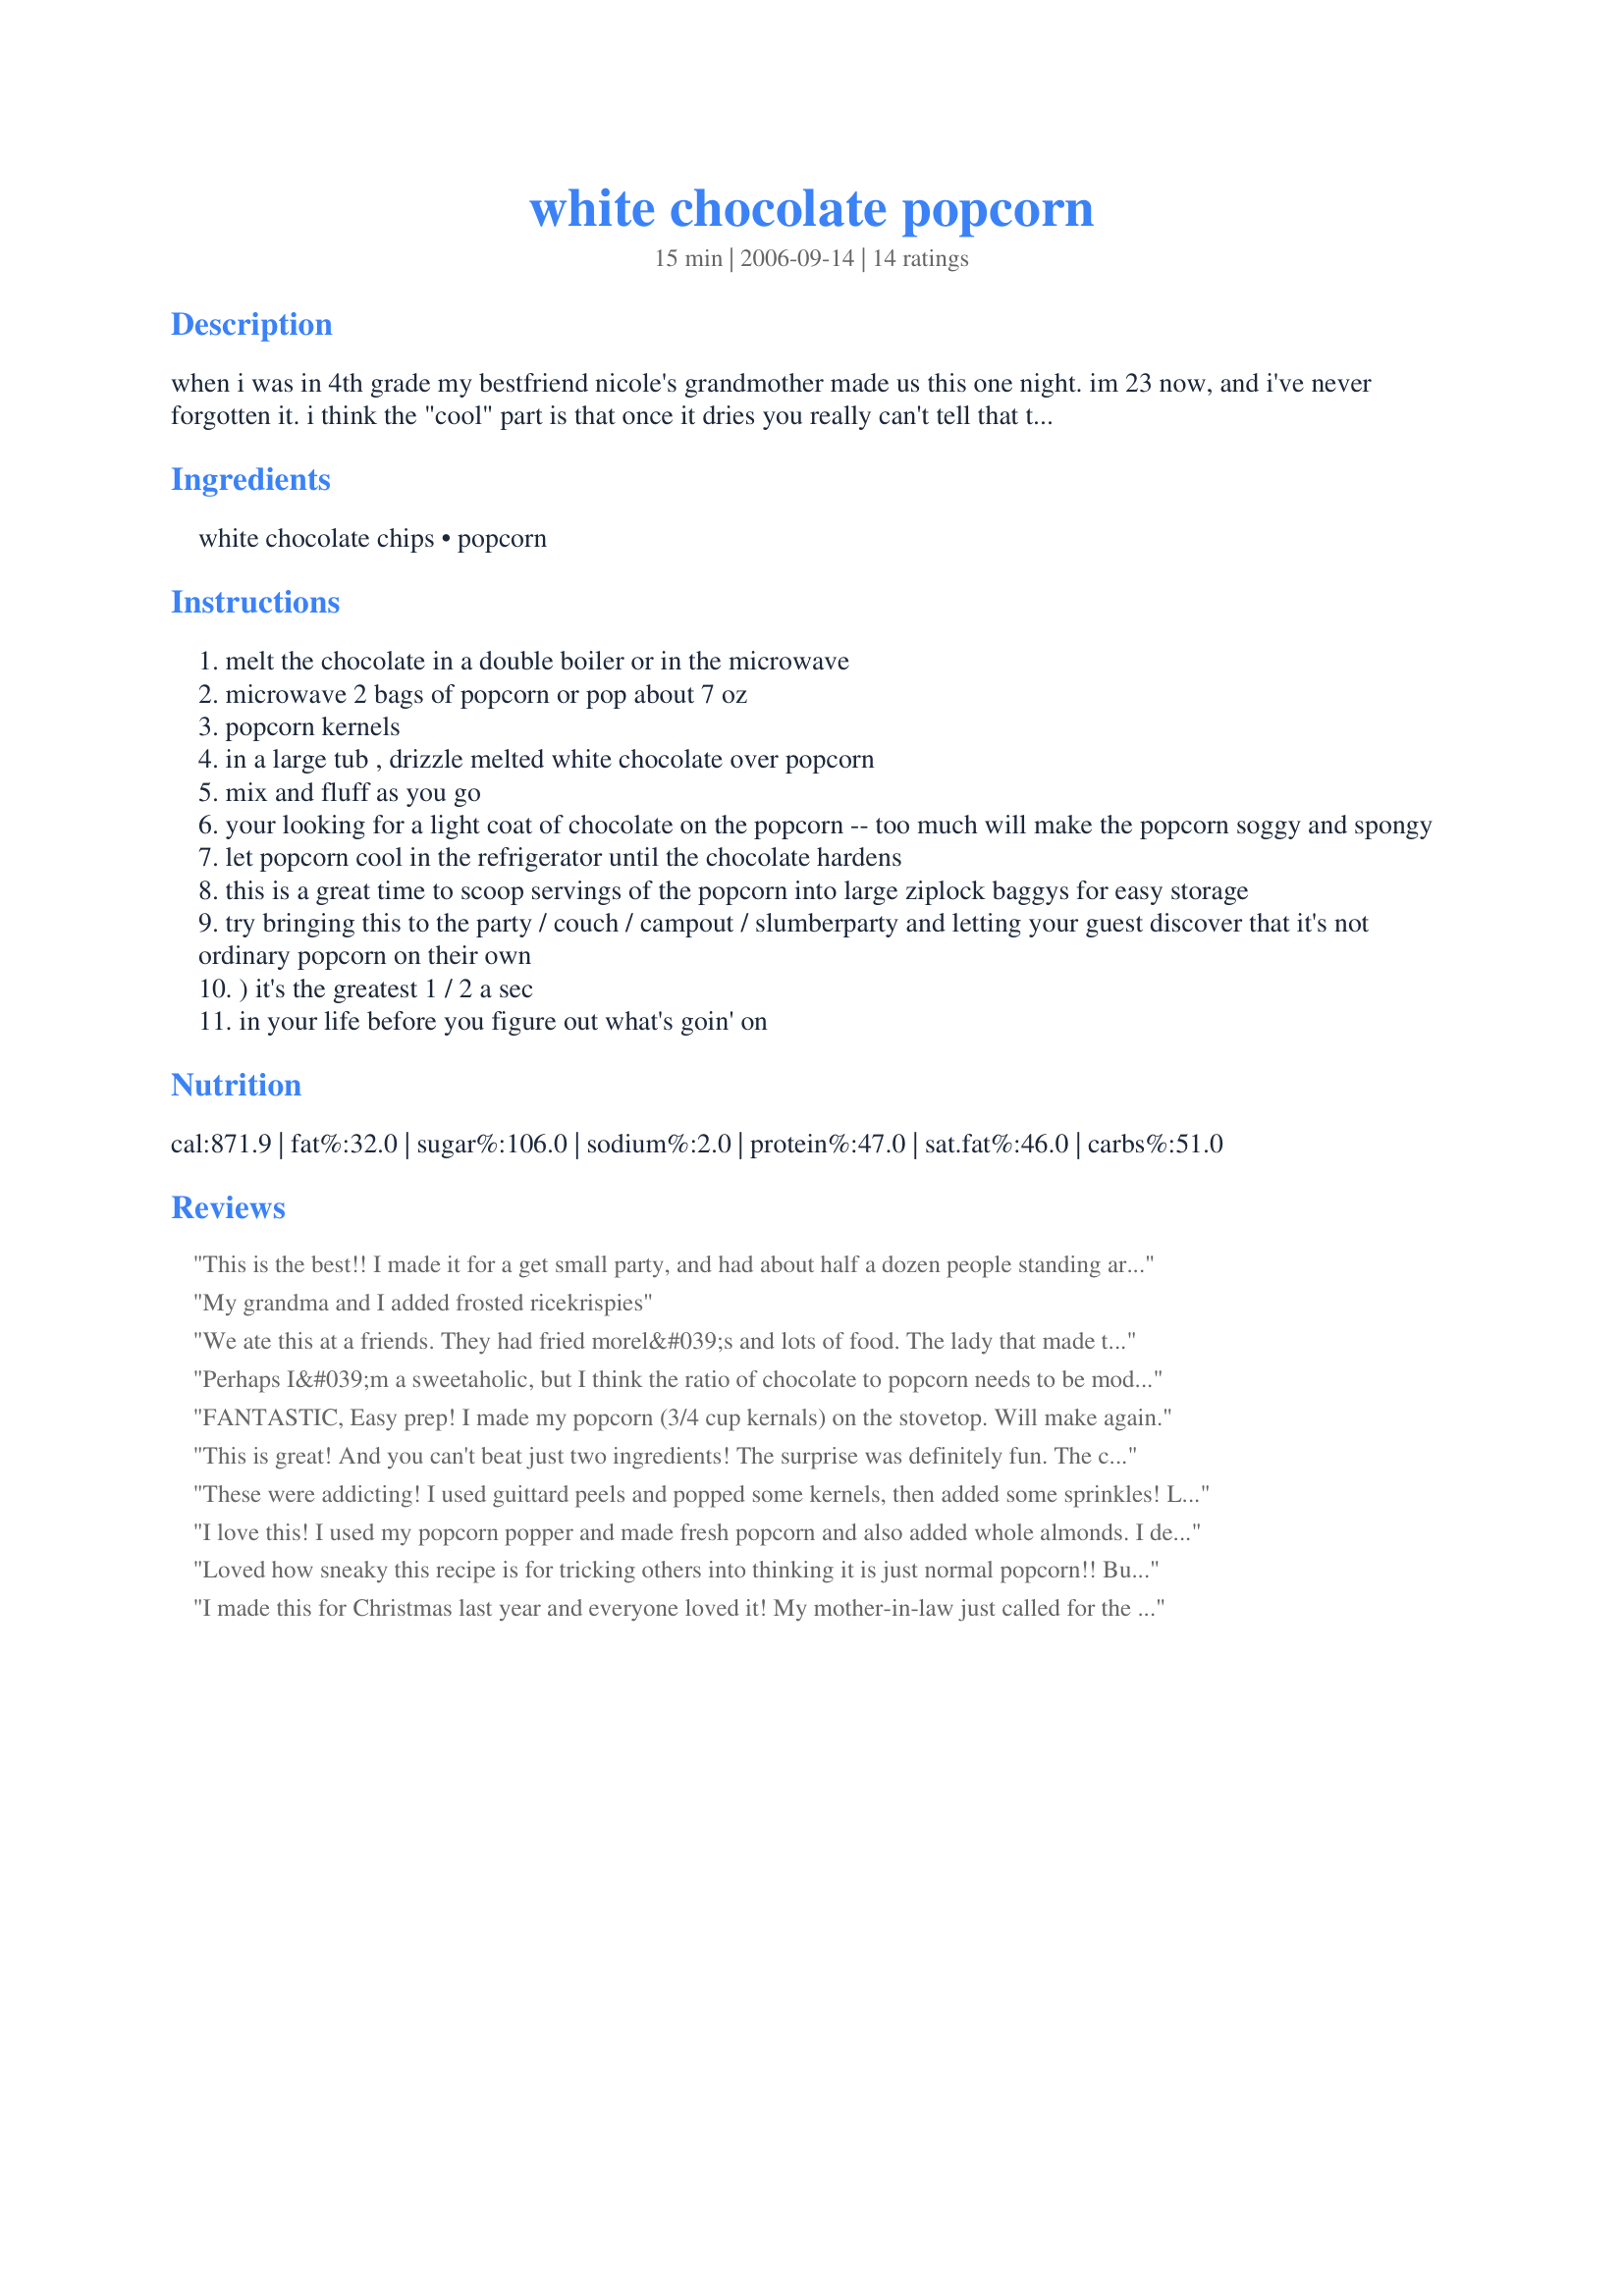
white chocolate popcorn
Preparation time: 15 minutes

when i was in 4th grade my bestfriend nicole's grandmother made us this one night. im 23 now, and i've never forgotten it. i think the "cool" part is that once it dries you really can't tell that the chocolate is on there. it's a fantastic surprise.

Ingredients:
white chocolate chips, popcorn

Steps:
melt the chocolate in a double boiler or in the microwave
microwave 2 bags of popcorn or pop about 7 oz
popcorn kernels
in a large tub , drizzle melted white chocolate over popcorn
mix and fluff as you go
your looking for a light coat of chocolate on the popcorn -- too much will make the popcorn soggy and spongy
let popcorn cool in the refrigerator until the chocolate hardens
this is a great time to scoop servings of the popcorn into large ziplock baggys for easy storage
try bringing this to the party / couch / campout / slumberparty and letting your guest discover that it's not ordinary popcorn on their own
) it's the greatest 1 / 2 a sec
in your life before you figure out what's goin' on

Reviews:
This is the best!! I made it for a get small party, and had about half a dozen people standing around stuffing their faces with it, all trying to figure out what was making it so yummy!! hehehe. I didnt tell them till it was all gone, and ended up having to make about 3 more batches of it!!! Thanks for the recipe!
My grandma and I added frosted ricekrispies
We ate this at a friends. They had fried morel&#039;s and lots of food. The lady that made this modified with some Almond flavor the liquid. Just a lil bit she said. We couldn&#039;t quit eating it. This is a great snack and conversation food. Everyone loved it.......?
Perhaps I&#039;m a sweetaholic, but I think the ratio of chocolate to popcorn needs to be modified. I made 7 oz (unpoppoed) popcorn and melted 6 oz chocolate and only used about 2/3 of the popcorn on the popped kernels. Next time, I&#039;m going to try 6oz popcorn and 6 oz chocolate.&lt;br/&gt;I also add just a splash of water or milk to my chocolate to make it drizzle better and coat the popcorn.&lt;br/&gt;On the whole though, great idea that I never had had before! Shocking what great things one can do with two staples!
FANTASTIC, Easy prep! I made my popcorn (3/4 cup kernals) on the stovetop. Will make again.
This is great! And you can't beat just two ingredients! The surprise was definitely fun. The combo of white chocolate and popcorn almost makes it taste a bit like a marshmallow, which was well liked. Thanks for sharing!
These were addicting! I used guittard peels and popped some kernels, then added some sprinkles! Love it!
I love this! I used my popcorn popper and made fresh popcorn and also added whole almonds. I def recommend the almonds! It makes a delicious holiday snack. Thakns for posting!
Loved how sneaky this recipe is for tricking others into thinking it is just normal popcorn!! But the flavor really stands out on your first bite. I first tried this as written with white chocolate chips that had been sitting up in my cabinet in a ziplock bag and then wouldn't melt in either a double boiler or then when I put it in the microwave, they were too old. When I opened a new bag, this worked perfectly, now I need to use the rest of the bag(of white chocolate chips) soon in other recipes, lol!! Thanks for sharing such a fun and yummy recipe. Made for "Best of 2012" recipe tag game.
I made this for Christmas last year and everyone loved it! My mother-in-law just called for the recipe. Couldn't be easier!
Why? Why? WHY is this SO good?? Holy batman...this is addictive and easy. YUM!
This is such a treat! Several years ago my sister surprised us at a family event by tossing this together! We started eating it right away, no refrigeration required or allowed! Didn't know it had been posted here, but everyone should try! Thanks for posting.
I love this recipe and I have adapted it over the years. I go to a candy supply store and buy the colored chocolate and make a batch of green and a batch of red then mix them together when dry. I also started using a large brown paper bag to mix. Just add popcorn, then add chocolate and shake. Put on a baking sheet to set. LOVE this as a snack anytime or as a great "candy dish" item for any holiday!! Color to suit!!
I loved this recipe. It was so easy and good! I used the regular popcorn and popped it in a machine. I used about 1/2 Cup to 6 oz. of chocolate. I also sprinkled my popcorn with a little salt before I added the chocolate. It was great! I had to make 70 bags of popcorn for X-mas and it was easy. Thanks for the recipe!
